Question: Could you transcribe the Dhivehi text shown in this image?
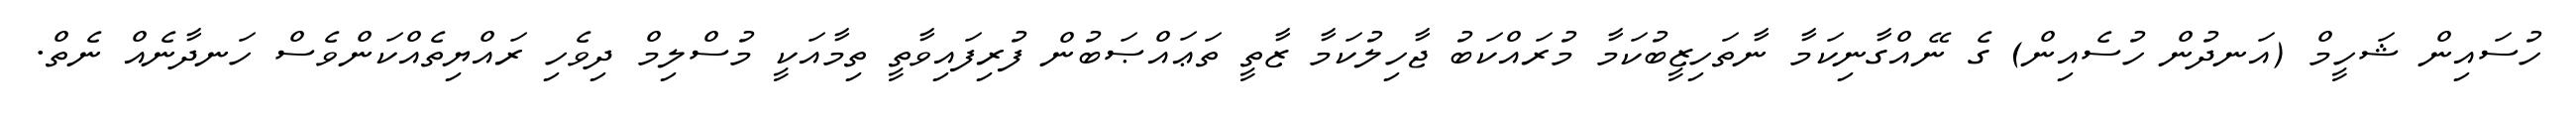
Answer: ހުސައިން ޝަހީމް (އަނދުން ހުސެއިން) ގެ ނޭއްގާނިކަމާ ނާތަހިޒީބުކަމާ މުރައްކަބު ޖާހިލުކަމާ ޒާތީ ތަޢައްޞަބުން ފުރިފައިވާތީ ތިމާއަކީ މުސްލިމް ދިވެހި ރައްޔިތެއްކަންވެސް ހަނދާނެއް ނެތް.